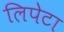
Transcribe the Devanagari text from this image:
लिपेटा